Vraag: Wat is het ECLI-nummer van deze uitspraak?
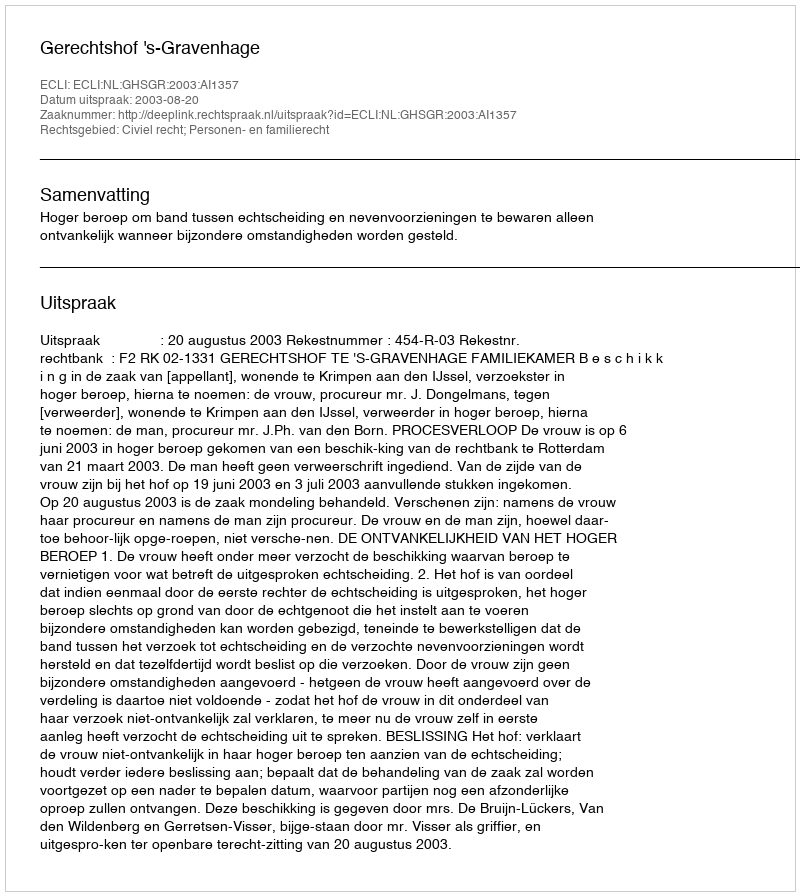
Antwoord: ECLI:NL:GHSGR:2003:AI1357